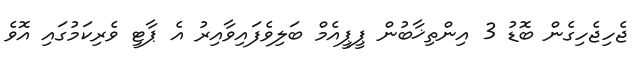
ޖެހިޖެހިގެން ބޮޑު 3 އިންތިޚާބުން ޕީޕީއެމް ބަލިވެފައިވާއިރު އެ ޕާޓީ ވެރިކަމުގައި އޮވެ